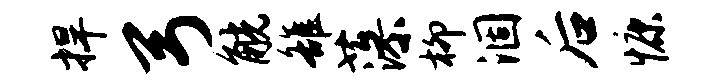
捍弓觥雒藻柳涸后慷